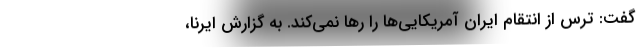
گفت:‌ ترس از انتقام ایران آمریکایی‌ها را رها نمی‌کند. به گزارش ایرنا،